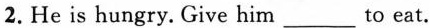
2. He is hungry. Give him ___ to eat.